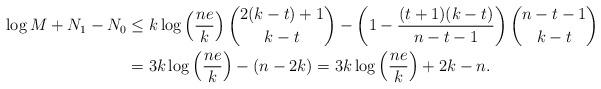
LaTeX: \begin{align*}\log M + N_1 - N_0 &\le k \log \left( \frac{ne}{k} \right) \binom{2(k-t) + 1}{k-t} - \left( 1 - \frac{(t+1)(k-t)}{n - t - 1} \right) \binom{n-t-1}{k-t} \\&= 3k \log \left( \frac{ne}{k} \right) - (n - 2k) = 3k \log \left( \frac{ne}{k} \right) + 2k - n.\end{align*}